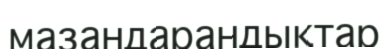
мазандарандықтар